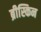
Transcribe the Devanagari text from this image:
ब्रीस्किन